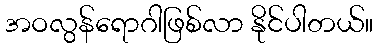
အဝလွန်ရောဂါဖြစ်လာ နိုင်ပါတယ်။